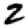
Digit: 2